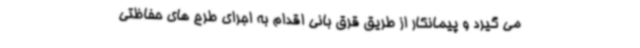
می گیرد و پیمانکار از طریق قرق بانی اقدام به اجرای طرح های حفاظتی